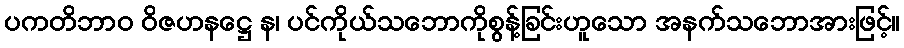
ပကတိဘာဝ ဝိဇဟနဋ္ဌေ န၊ ပင်ကိုယ်သဘောကိုစွန့်ခြင်းဟူသော အနက်သဘောအားဖြင့်။